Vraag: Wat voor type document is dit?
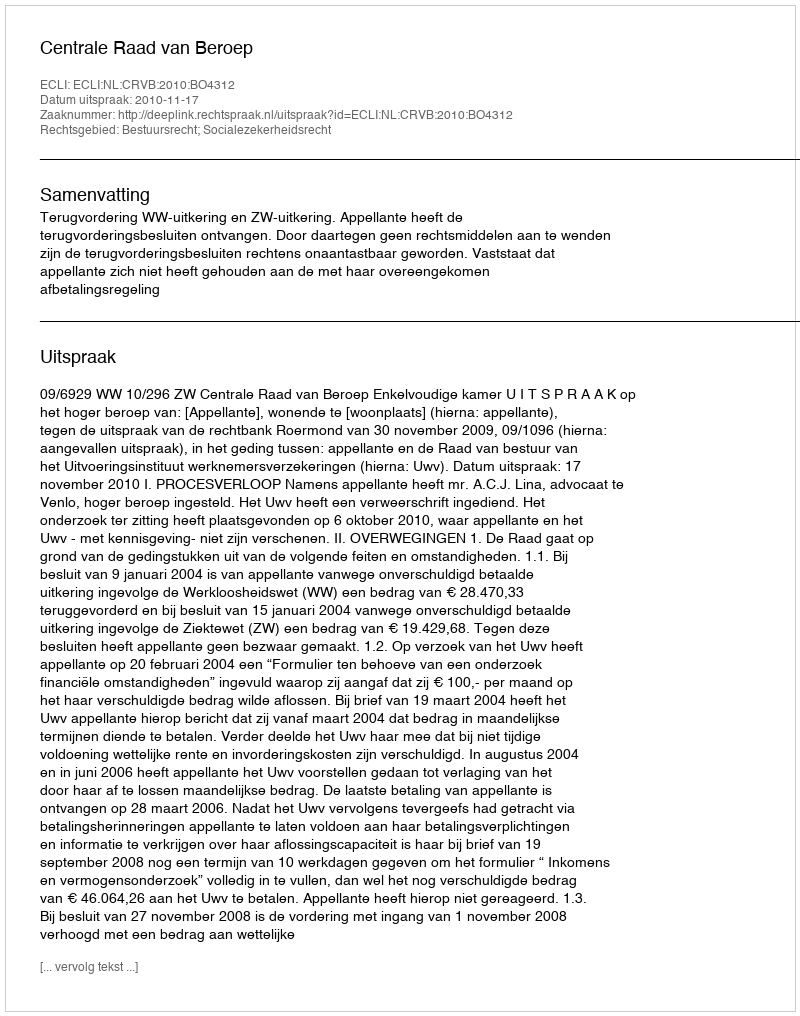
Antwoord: Uitspraak